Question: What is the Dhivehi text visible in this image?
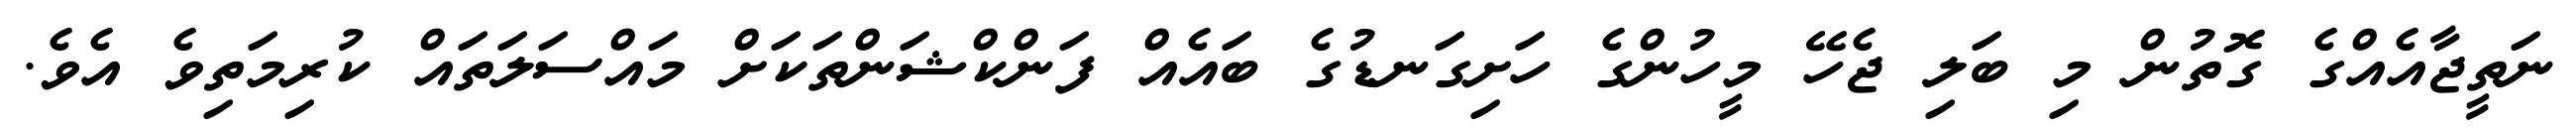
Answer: ނަތީޖާއެއްގެ ގޮތުން މި ބަލި ޖެހޭ މީހުންގެ ހަށިގަނޑުގެ ބައެއް ފަންކްޝަންތަކަށް މައްސަލަތައް ކުރިމަތިވެ އެވެ.